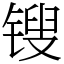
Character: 锼